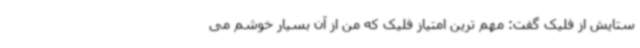
ستایش از فلیک گفت: مهم ترین امتیاز فلیک که من از آن بسیار خوشم می